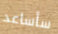
سأساعد